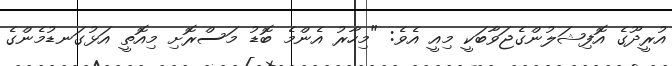
އުރީދޫގެ އޮފިޝަލުންގެޖަވާބަކީ މިއީ އެވެ: "މިހާރު އެންމެ ބޮޑު މަސްރޮށި މިއޮތީ އަޅުގަނޑުމެންގެ